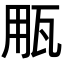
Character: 𤬶